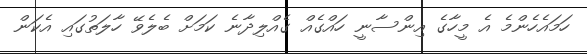
ހަމައެހެންމެ އެ މީހާގެ އިންސާނީ ހައްގެއް ގެއްލިދާނެ ކަމަށް ބެލެވޭ ހާލަތުގައި އެކަން